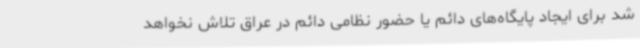
شد برای ایجاد پایگاه‌های دائم یا حضور نظامی دائم در عراق تلاش نخواهد